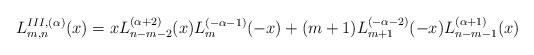
LaTeX: \begin{align*}L_{m,n}^{III,(\alpha)}(x)=xL_{n-m-2}^{(\alpha+2)}(x)L_{m}^{(-\alpha-1)}(-x)+(m+1)L_{m+1}^{(-\alpha-2)}(-x)L_{n-m-1}^{(\alpha+1)}(x)\end{align*}